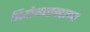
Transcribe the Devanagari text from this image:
नियोजनाबद्दलचा